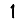
Digit: 1